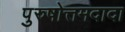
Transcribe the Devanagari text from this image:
पुरुषोत्तमदादा